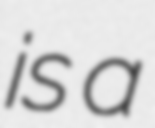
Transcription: is a